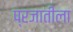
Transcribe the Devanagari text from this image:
प्रजातीला